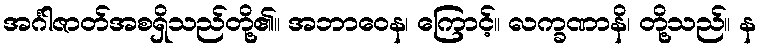
အင်္ဂါဇာတ်အစရှိသည်တို့၏။ အဘာဝေန၊ ကြောင့်။ လက္ခဏာနိ၊ တို့သည်။ န